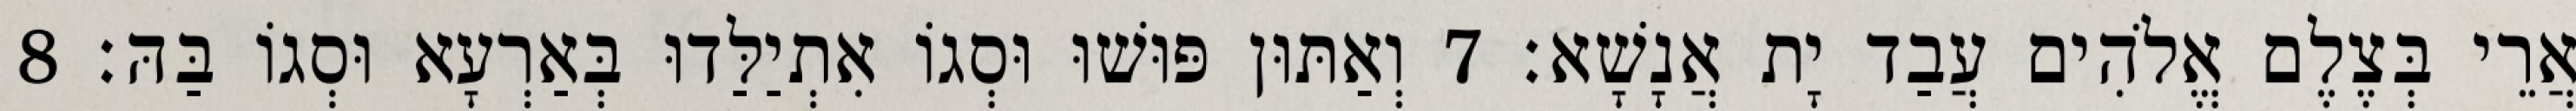
אֲרֵי בְּצֶלֶם אֱלֹהִים עֲבַד יָת אֲנָשָׁא׃ 7 וְאַתּוּן פּוּשׁוּ וּסְגוֹ אִתְיַלַּדוּ בְּאַרְעָא וּסְגוֹ בַּהּ׃ 8